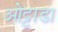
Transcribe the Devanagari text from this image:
ओट्टाडा